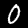
Digit: 0